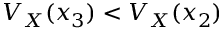
V _ { X } ( x _ { 3 } ) < V _ { X } ( x _ { 2 } )